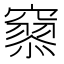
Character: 𥨞